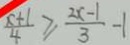
\frac { x + 1 } { 4 } \geq \frac { 2 x - 1 } { 3 } - 1